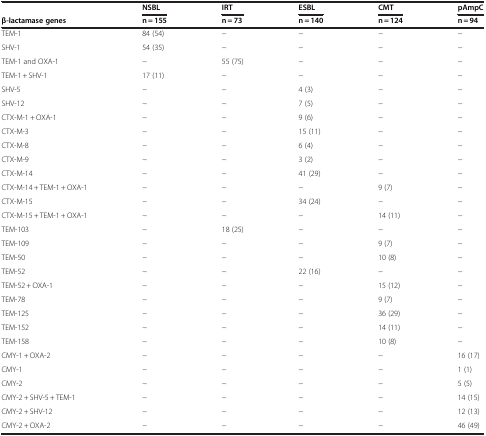
|  | NSBL | IRT | ESBL | CMT | pAmpC |
 | β-lactamase genes | n = 155 | n = 73 | n = 140 | n = 124 | n = 94 |
 | --- | --- | --- | --- | --- | --- |
 | TEM-1 | 84 (54) | − | − | − | − |
 | SHV-1 | 54 (35) | − | − | − | − |
 | TEM-1 and OXA-1 | − | 55 (75) | − | − | − |
 | TEM-1 + SHV-1 | 17 (11) | − | − | − | − |
 | SHV-5 | − | − | 4 (3) | − | − |
 | SHV-12 | − | − | 7 (5) | − | − |
 | CTX-M-1 + OXA-1 | − | − | 9 (6) | − | − |
 | CTX-M-3 | − | − | 15 (11) | − | − |
 | CTX-M-8 | − | − | 6 (4) | − | − |
 | CTX-M-9 | − | − | 3 (2) | − | − |
 | CTX-M-14 | − | − | 41 (29) | − | − |
 | CTX-M-14 + TEM-1 + OXA-1 | − | − | − | 9 (7) | − |
 | CTX-M-15 | − | − | 34 (24) | − | − |
 | CTX-M-15 + TEM-1 + OXA-1 | − | − | − | 14 (11) | − |
 | TEM-103 | − | 18 (25) | − | − | − |
 | TEM-109 | − | − | − | 9 (7) | − |
 | TEM-50 | − | − | − | 10 (8) | − |
 | TEM-52 | − | − | 22 (16) | − | − |
 | TEM-52 + OXA-1 | − | − | − | 15 (12) | − |
 | TEM-78 | − | − | − | 9 (7) | − |
 | TEM-125 | − | − | − | 36 (29) | − |
 | TEM-152 | − | − | − | 14 (11) | − |
 | TEM-158 | − | − | − | 10 (8) | − |
 | CMY-1 + OXA-2 | − | − | − | − | 16 (17) |
 | CMY-1 | − | − | − | − | 1 (1) |
 | CMY-2 | − | − | − | − | 5 (5) |
 | CMY-2 + SHV-5 + TEM-1 | − | − | − | − | 14 (15) |
 | CMY-2 + SHV-12 | − | − | − | − | 12 (13) |
 | CMY-2 + OXA-2 | − | − | − | − | 46 (49) |